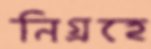
নিগ্রহে